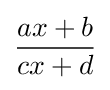
{\frac {ax+b}{cx+d}}